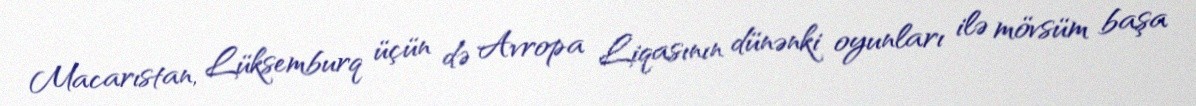
Macarıstan, Lüksemburq üçün də Avropa Liqasının dünənki oyunları ilə mövsüm başa